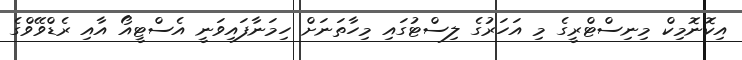
އިކޮނޮމިކް މިނިސްޓްރީގެ މި އަހަރުގެ ލިސްޓުގައި މިހާތަނަށް ހިމަނާފައިވަނީ އެސްޓީއޯ އާއި ރެޑްވޭވްގެ